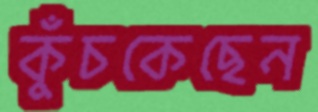
কুঁচকেছেন